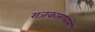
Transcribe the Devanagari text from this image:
राजकारण्याने